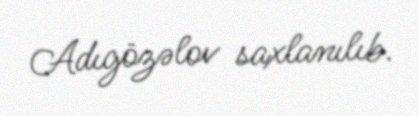
Adıgözəlov saxlanılıb.